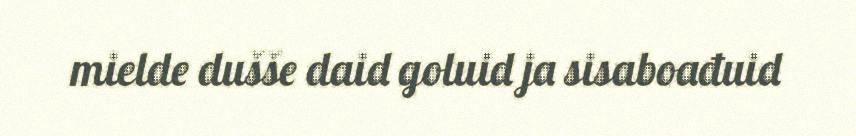
mielde dušše daid goluid ja sisaboađuid